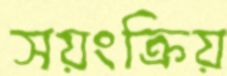
সয়ংক্রিয়